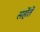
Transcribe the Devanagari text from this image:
सहेंतें